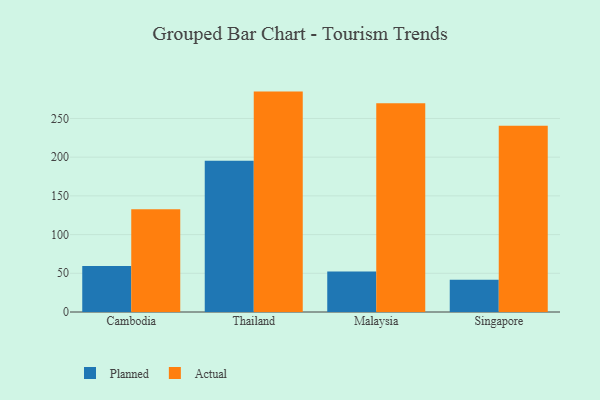
{"axis": {"x": "Country", "y": "Production Output"}, "legend": ["Actual", "Planned"], "data": [{"x": "Cambodia", "y": 59.4, "type": "Planned"}, {"x": "Cambodia", "y": 132.7, "type": "Actual"}, {"x": "Thailand", "y": 195.5, "type": "Planned"}, {"x": "Thailand", "y": 284.7, "type": "Actual"}, {"x": "Malaysia", "y": 52.2, "type": "Planned"}, {"x": "Malaysia", "y": 269.6, "type": "Actual"}, {"x": "Singapore", "y": 41.6, "type": "Planned"}, {"x": "Singapore", "y": 240.6, "type": "Actual"}]}